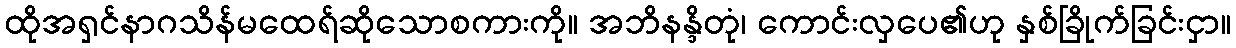
ထိုအရှင်နာဂသိန်မထေရ်ဆိုသောစကားကို။ အဘိနန္ဒိတုံ၊ ကောင်းလှပေ၏ဟု နှစ်ခြိုက်ခြင်းငှာ။